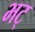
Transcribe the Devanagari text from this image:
भट्